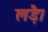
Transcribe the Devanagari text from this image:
लड़ै।